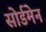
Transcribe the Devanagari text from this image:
सोर्डमेन